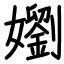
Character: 嬼